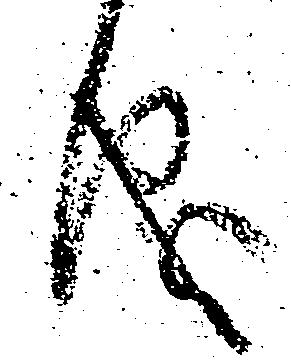
儀